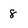
Character: 8